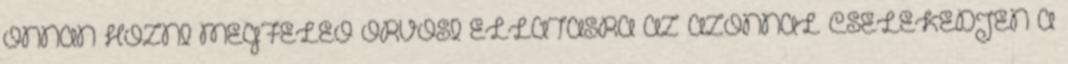
ONNAN HOZNI MEGFELEŐ ORVOSI ELLÁTÁSRA AZ AZONNAL CSELEKEDJEN A